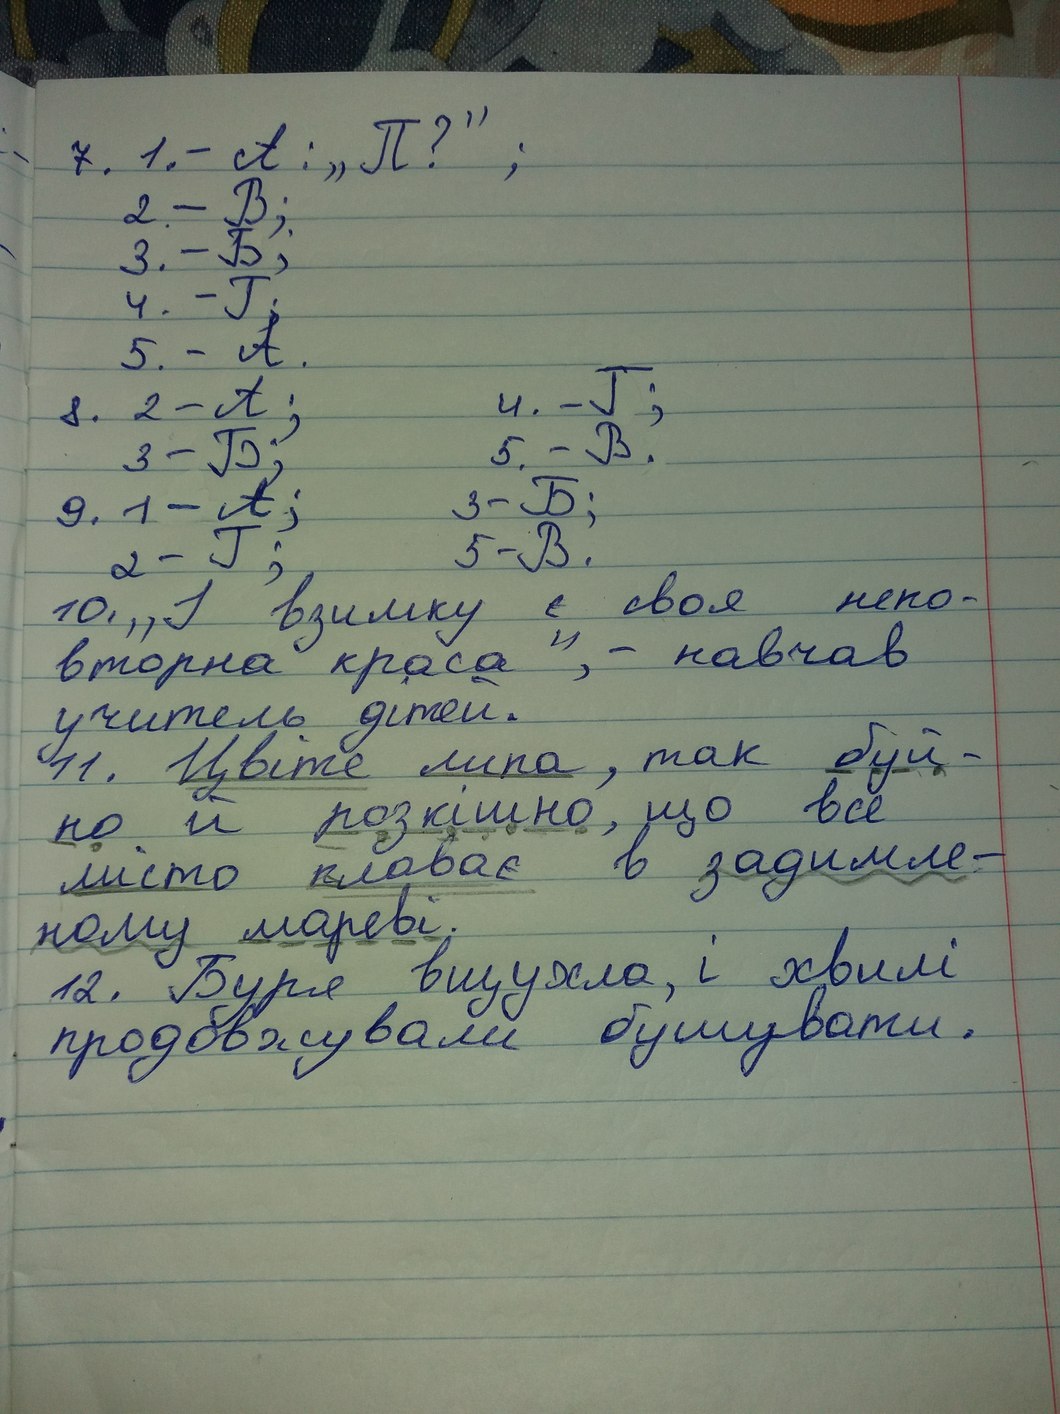
7. 1. - А: "П?" ;
2. - В;
3. - Б;
4. - Г;
. 5. - А
4. - Г;
8. 2 - А;
5. - В.
3- Б;
3 - Б;
9. 1 - А;
5 - В.
2 - Г;
10. " І взимку є своя непо-
вторна краса" - навчав
учитель дітей.
11. Цвіте липа, так буй-
но й розкішно, що всё
мысто плаває в задимле-
ному мареві.
12. Буря вщухла, і хвилі
продовжували бушувати.